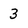
Character: 3